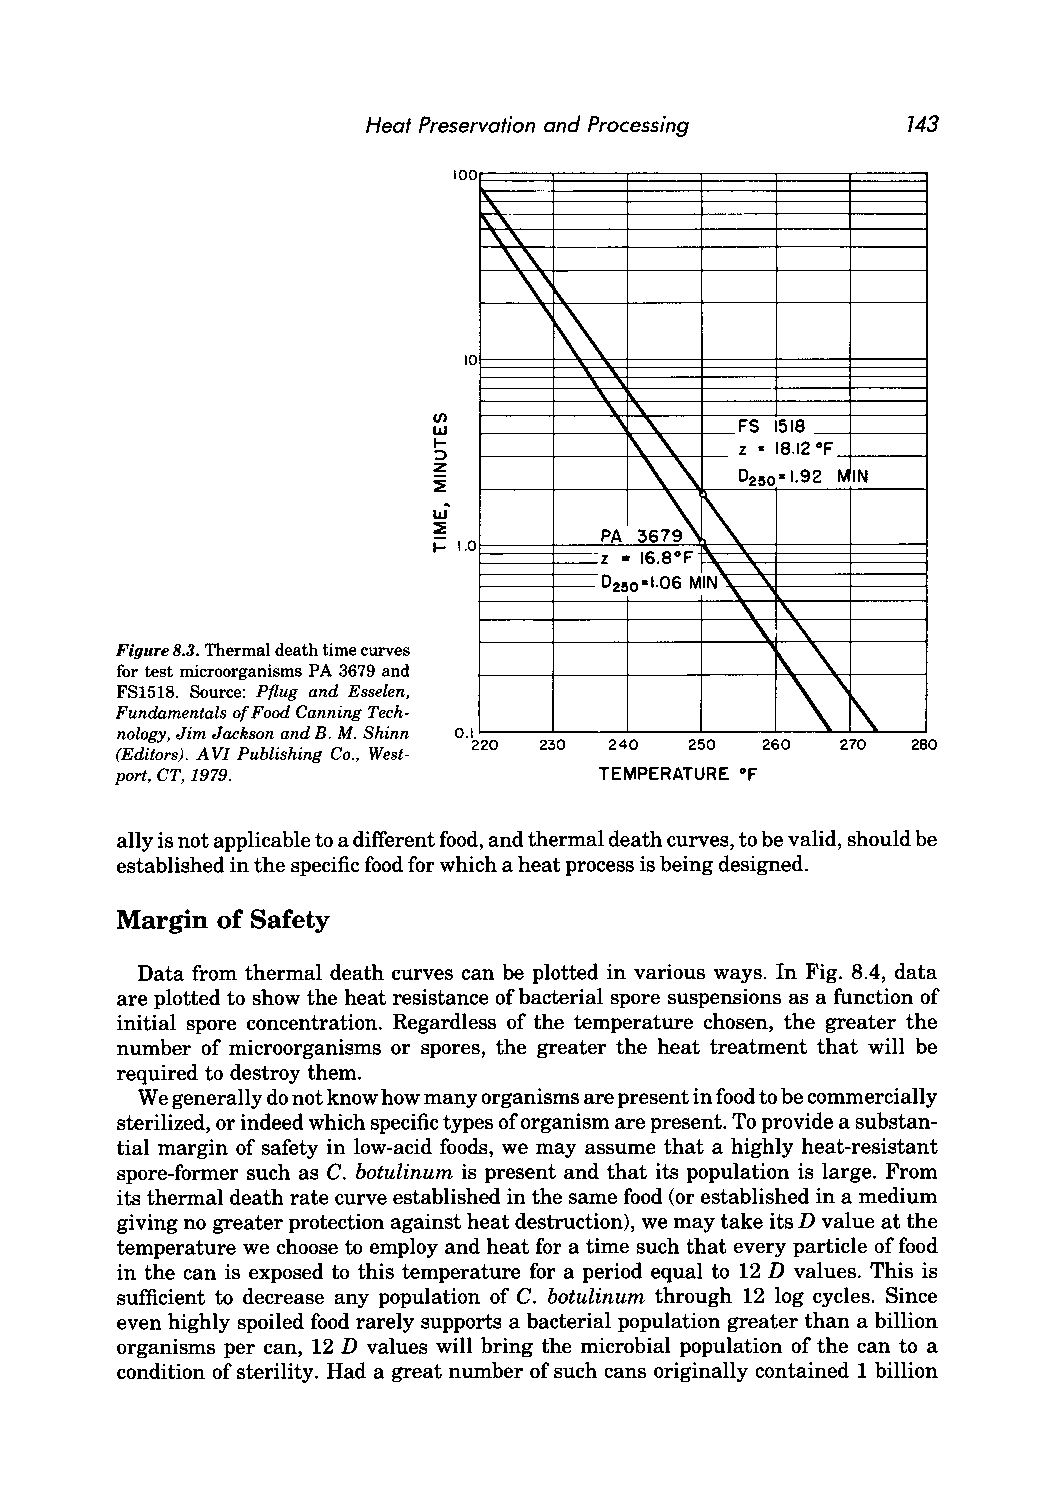
Heat Preservation and Processing    143
 100
 "
 '\.
 ""
 y\.
 \.'
 '~
 10
 "
 ", ""
 FS 1518
 1\.1\. z - 18.12 OF
 \.\.
 0250·1.92 P1IIN
 \
 367~
 PA
 -Z • 16.8°F
 0250 -1.06 MIN \. "
 .'\. '\..
 I\. I\.
 Figure 8.3. Thermal death time curves      i\.\.
 for test microorganisms PA 3679 and
 \'
 FS1518. Source: Pflug and Esselen,
 Fundamentals of Food Canning Tech               l\.
 nology, Jim Jackson and B. M. Shinn 0.1
 220  230 240   250 260   270 280
 (Editors). AVI Publishing Co., West
 port, CT, 1979.                 TEMPERATURE OF
 ally is not applicable to a different food, and thermal death curves, to be valid, should be
 established in the specific food for which a heat process is being designed.
 Margin of Safety
 Data from thermal death curves can be plotted in various ways. In Fig. 8.4, data
 are plotted to show the heat resistance of bacterial spore suspensions as a function of
 initial spore concentration. Regardless of the temperature chosen, the greater the
 number of microorganisms or spores, the greater the heat treatment that will be
 required to destroy them.
 We generally do not know how many organisms are present in food to be commercially
 sterilized, or indeed which specific types of organism are present. To provide a substan
 tial margin of safety in low-acid foods, we may assume that a highly heat-resistant
 spore-former such as C. botulinum is present and that its population is large. From
 its thermal death rate curve established in the same food (or established in a medium
 giving no greater protection against heat destruction), we may take its D value at the
 temperature we choose to employ and heat for a time such that every particle of food
 in the can is exposed to this temperature for a period equal to 12 D values. This is
 sufficient to decrease any population of C. botulinum through 12 log cycles. Since
 even highly spoiled food rarely supports a bacterial population greater than a billion
 organisms per can, 12 D values will bring the microbial population of the can to a
 condition of sterility. Had a great number of such cans originally contained 1 billion